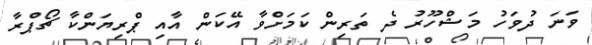
ވަނަ ދުވަހު މަޝްހޫރު ދެ ތަރިން ކަމަށްވާ އޭކަން އާއި ޕްރިޔަންކާ ޗޯޕްރާ